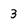
Character: 3